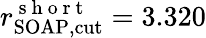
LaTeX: r_{\mathrm{SOAP,cut}}^{\mathrm{~s~h~o~r~t~}}=3.320